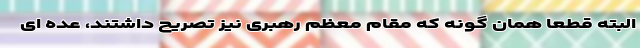
البته قطعاً همان گونه که مقام معظم رهبری نیز تصریح داشتند، عده ای